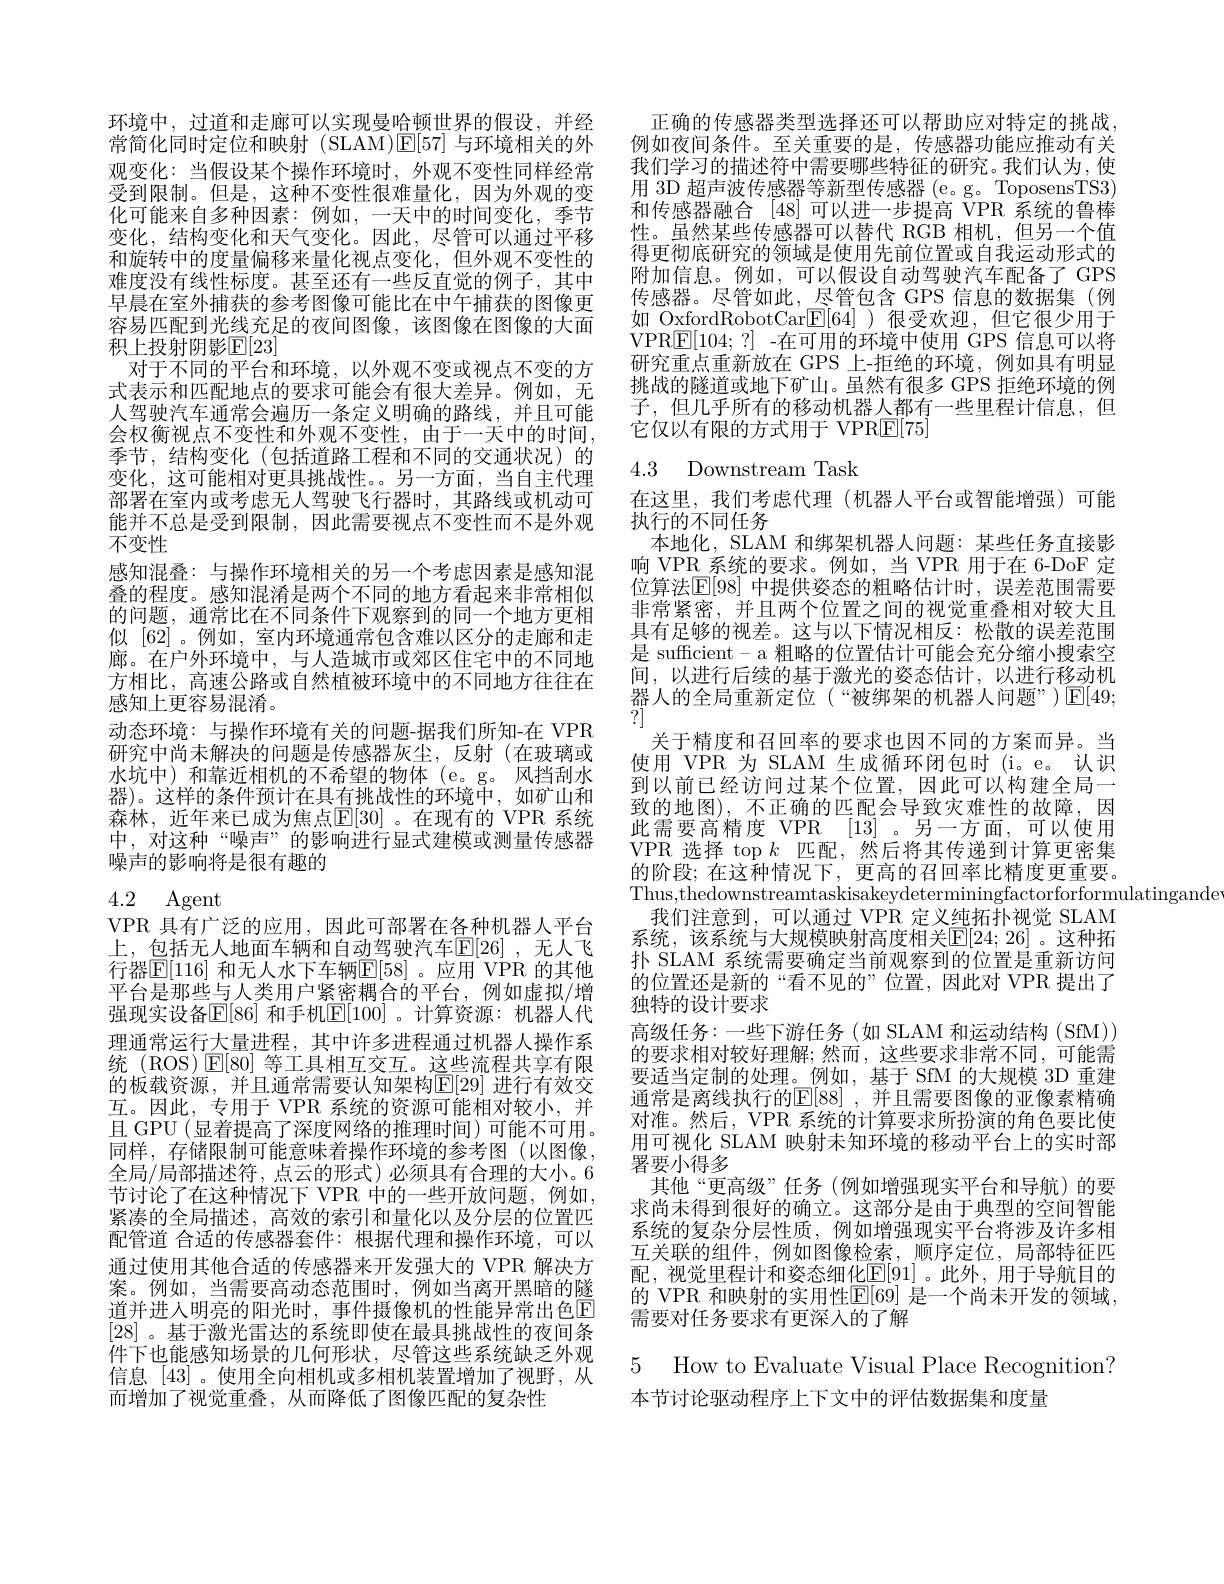
环境中，过道和走廊可以实现曼哈顿世界的假设，并经常简化同时定位和映射(SLAM)E[57]与环境相关的外观变化：当假设某个操作环境时，外观不变性同样经常受到限制。但是，这种不变性很难量化，因为外观的变化可能来自多种因素：例如，一天中的时间变化，季节变化，结构变化和天气变化。因此，尽管可以通过平移和旋转中的度量偏移来量化视点变化，但外观不变性的难度没有线性标度。甚至还有一些反直觉的例子，其中早晨在室外捕获的参考图像可能比在中午捕获的图像更容易匹配到光线充足的夜间图像，该图像在图像的大面积上投射阴影$\mathbb{E}[23]$
对于不同的平台和环境，以外观不变或视点不变的方式表示和匹配地点的要求可能会有很大差异。例如，无人驾驶汽车通常会遍历一条定义明确的路线，并且可能会权衡视点不变性和外观不变性，由于一天中的时间， 季节，结构变化(包括道路工程和不同的交通状况)的变化，这可能相对更具挑战性。另一方面，当自主代理部署在室内或考虑无人驾驶飞行器时，其路线或机动可能并不总是受到限制，因此需要视点不变性而不是外观不变性
感知混叠：与操作环境相关的另一个考虑因素是感知混叠的程度。感知混淆是两个不同的地方看起来非常相似的问题，通常比在不同条件下观察到的同一个地方更相似[62]。例如，室内环境通常包含难以区分的走廊和走廊。在户外环境中，与人造城市或郊区住宅中的不同地方相比，高速公路或自然植被环境中的不同地方往往在感知上更容易混淆。
动态环境：与操作环境有关的问题-据我们所知-在 VPR 研究中尚未解决的问题是传感器灰尘，反射(在玻璃或水坑中)和靠近相机的不希望的物体(e。g。风挡刮水器)。这样的条件预计在具有挑战性的环境中，如矿山和森林，近年来已成为焦点$\overline{\mathrm{E}}[30]$ 。在现有的 VPR 系统中，对这种“噪声”的影响进行显式建模或测量传感器噪声的影响将是很有趣的

# 4.2 Agent

VPR 具有广泛的应用，因此可部署在各种机器人平台上，包括无人地面车辆和自动驾驶汽车$\mathbb{E}[26]$ ,无人飞行器$\mathbb{E}[116]$ 和无人水下车辆$\mathbb{E}[58]$。应用 VPR 的其他平台是那些与人类用户紧密耦合的平台，例如虚拟/增强现实设备$\mathbb{E}[86]$ 和手机$\mathbb{E}[100]$ 。计算资源：机器人代理通常运行大量进程，其中许多进程通过机器人操作系统(ROS)$\operatorname{E}[80]$等工具相互交互。这些流程共享有限的板载资源，并且通常需要认知架构$\overline{\mathbb{E}}[29]$ 进行有效交互。因此，专用于 VPR 系统的资源可能相对较小，并且 GPU (显着提高了深度网络的推理时间)可能不可用。同样，存储限制可能意味着操作环境的参考图(以图像， 全局/局部描述符，点云的形式)必须具有合理的大小。6节讨论了在这种情况下 VPR 中的一些开放问题，例如， 紧凑的全局描述，高效的索引和量化以及分层的位置匹配管道 合适的传感器套件：根据代理和操作环境，可以通过使用其他合适的传感器来开发强大的 VPR 解决方案。例如，当需要高动态范围时，例如当离开黑暗的隧道并进入明亮的阳光时，事件摄像机的性能异常出色E [28] 。基于激光雷达的系统即使在最具挑战性的夜间条件下也能感知场景的几何形状，尽管这些系统缺乏外观信息[43]。使用全向相机或多相机装置增加了视野，从而增加了视觉重叠，从而降低了图像匹配的复杂性

正确的传感器类型选择还可以帮助应对特定的挑战， 例如夜间条件。至关重要的是，传感器功能应推动有关我们学习的描述符中需要哪些特征的研究。我们认为，使用 3D 超声波传感器等新型传感器 (e。g。ToposensTS3) 和传感器融合 [48]可以进一步提高 VPR 系统的鲁棒性。虽然某些传感器可以替代 RGB 相机，但另一个值得更彻底研究的领域是使用先前位置或自我运动形式的附加信息。例如，可以假设自动驾驶汽车配备了 GPS 传感器。尽管如此，尽管包含 GPS 信息的数据集(例如 OxfordRobotCar$\underline{\mathrm{E}}[64]$ )很受欢迎，但它很少用于VPR$\underline{\mathbb{E}}[104;?]$ -在可用的环境中使用 GPS 信息可以将研究重点重新放在 GPS 上-拒绝的环境，例如具有明显挑战的隧道或地下矿山。虽然有很多 GPS 拒绝环境的例子，但几乎所有的移动机器人都有一些里程计信息，但它仅以有限的方式用于 VPRE[75]

# 4.3 Downstream Task

在这里，我们考虑代理(机器人平台或智能增强)可能
执行的不同任务
本地化，SLAM 和绑架机器人问题：某些任务直接影响 VPR 系统的要求。例如，当 VPR 用于在 6-DoF 定位算法$\mathbb{E}[98]$ 中提供姿态的粗略估计时，误差范围需要非常紧密，并且两个位置之间的视觉重叠相对较大且具有足够的视差。这与以下情况相反：松散的误差范围是 sufficient-a 粗略的位置估计可能会充分缩小搜索空间，以进行后续的基于激光的姿态估计，以进行移动机器人的全局重新定位(“被绑架的机器人问题”)[E]49; ?]
关于精度和召回率的要求也因不同的方案而异。当使用 VPR 为 SLAM 生成循环闭包时(i。e。认识到以前已经访问过某个位置，因此可以构建全局一致的地图), 不正确的匹配会导致灾难性的故障，因此需要高精度 VPR [13] 。另一方面，可以使用VPR 选择 top $k$匹配，然后将其传递到计算更密集的阶段；在这种情况下，更高的召回率比精度更重要。Thus,thedownstreamtaskisakeydeterminingfactorforformulatingande
我们注意到，可以通过 VPR 定义纯拓扑视觉 SLAM 系统，该系统与大规模映射高度相关$\mathbb{E}[24;26]$。这种拓扑 SLAM 系统需要确定当前观察到的位置是重新访问的位置还是新的“看不见的”位置，因此对 VPR 提出了独特的设计要求
高级任务：一些下游任务(如 SLAM 和运动结构(SfM)) 的要求相对较好理解；然而，这些要求非常不同，可能需要适当定制的处理。例如，基于 SfM 的大规模 3D 重建通常是离线执行的$\mathbb{E}[88]$,并且需要图像的亚像素精确对准。然后，VPR 系统的计算要求所扮演的角色要比使用可视化 SLAM 映射未知环境的移动平台上的实时部署要小得多
其他“更高级”任务(例如增强现实平台和导航)的要求尚未得到很好的确立。这部分是由于典型的空间智能系统的复杂分层性质，例如增强现实平台将涉及许多相互关联的组件，例如图像检索，顺序定位，局部特征匹配，视觉里程计和姿态细化$\mathbb{E}[91]$。此外，用于导航目的的 VPR 和映射的实用性$\mathbb{E}[69]$ 是一个尚未开发的领域， 需要对任务要求有更深入的了解

5 How to Evaluate Visual Place Recognition?

本节讨论驱动程序上下文中的评估数据集和度量